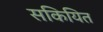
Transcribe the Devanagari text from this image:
सकियित